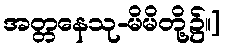
အတ္တနေသု-မိမိတို့၌။]